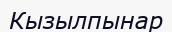
Кызылпынар